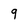
Character: 9